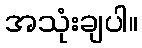
အသုံးချပါ။